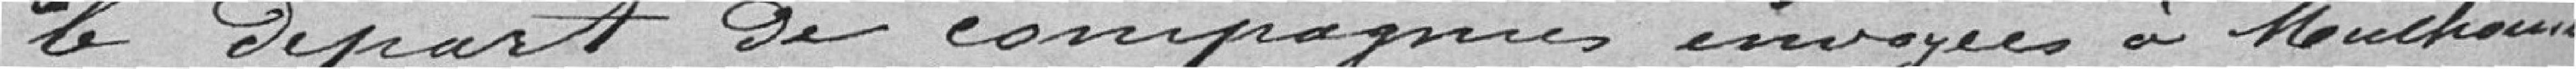
le départ de compagnies envoyées à Mulhouse